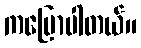
ကပြောပါတယ်။